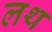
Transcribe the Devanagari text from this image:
लथ